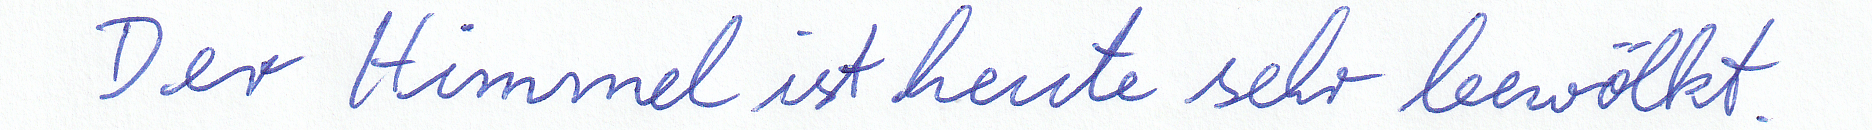
Der Himmel ist heute sehr bewölkt.